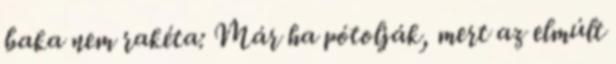
baka nem rakéta: Már ha pótolják, mert az elmúlt